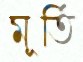
মূর্তি